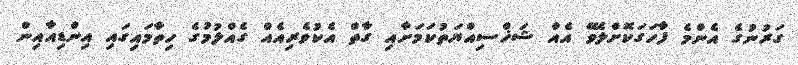
ގަރުނުގެ އެންމެ ފާހަގަކޮށްލެވޭ އެއް ޝަޚްސިއްޔަތުކަމަށާއި ގާތް އެކުވެރިއެއް ގެއްލުމުގެ ހިތާމަައިގައި އިންޑިއާއިން